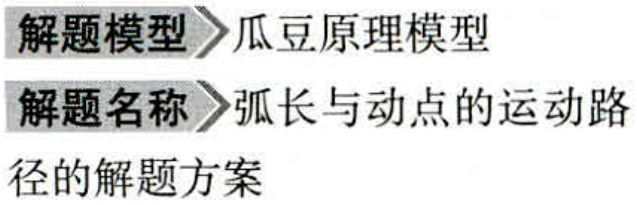
解题模型 \(\rhd\) 瓜豆原理模型

解题名称 \(\rhd\) 弧长与动点的运动路

径的解题方案